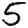
Digit: 5